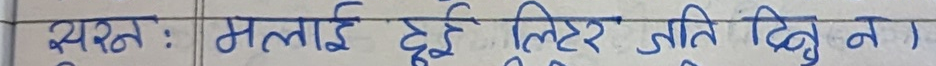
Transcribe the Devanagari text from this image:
सरन : मलाई दुई लिटर जति दिनु न।